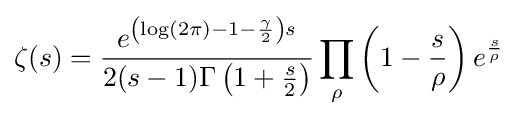
\zeta (s)={\frac {e^{\left(\log(2\pi )-1-{\frac {\gamma }{2}}\right)s}}{2(s-1)\Gamma \left(1+{\frac {s}{2}}\right)}}\prod _{\rho }\left(1-{\frac {s}{\rho }}\right)e^{\frac {s}{\rho }}